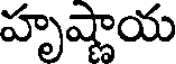
హృష్ణాయ